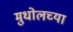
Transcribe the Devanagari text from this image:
मुधोलच्या